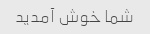
شما خوش آمدید